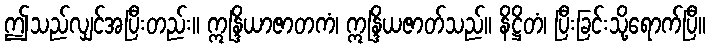
ဤသည်လျှင်အပြီးတည်း။ ဣန္ဒြိယာဇာတကံ၊ ဣန္ဒြိယဇာတ်သည်။ နိဋ္ဌိတံ၊ ပြီးခြင်းသို့ရောက်ပြီ။